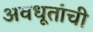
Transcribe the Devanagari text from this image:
अवधूतांची